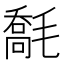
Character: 𣯹